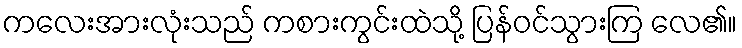
ကလေးအားလုံးသည် ကစားကွင်းထဲသို့ ပြန်ဝင်သွားကြ လေ၏။